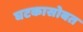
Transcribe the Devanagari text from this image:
घटकासोबत